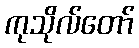
ကုသိုလ်တော်